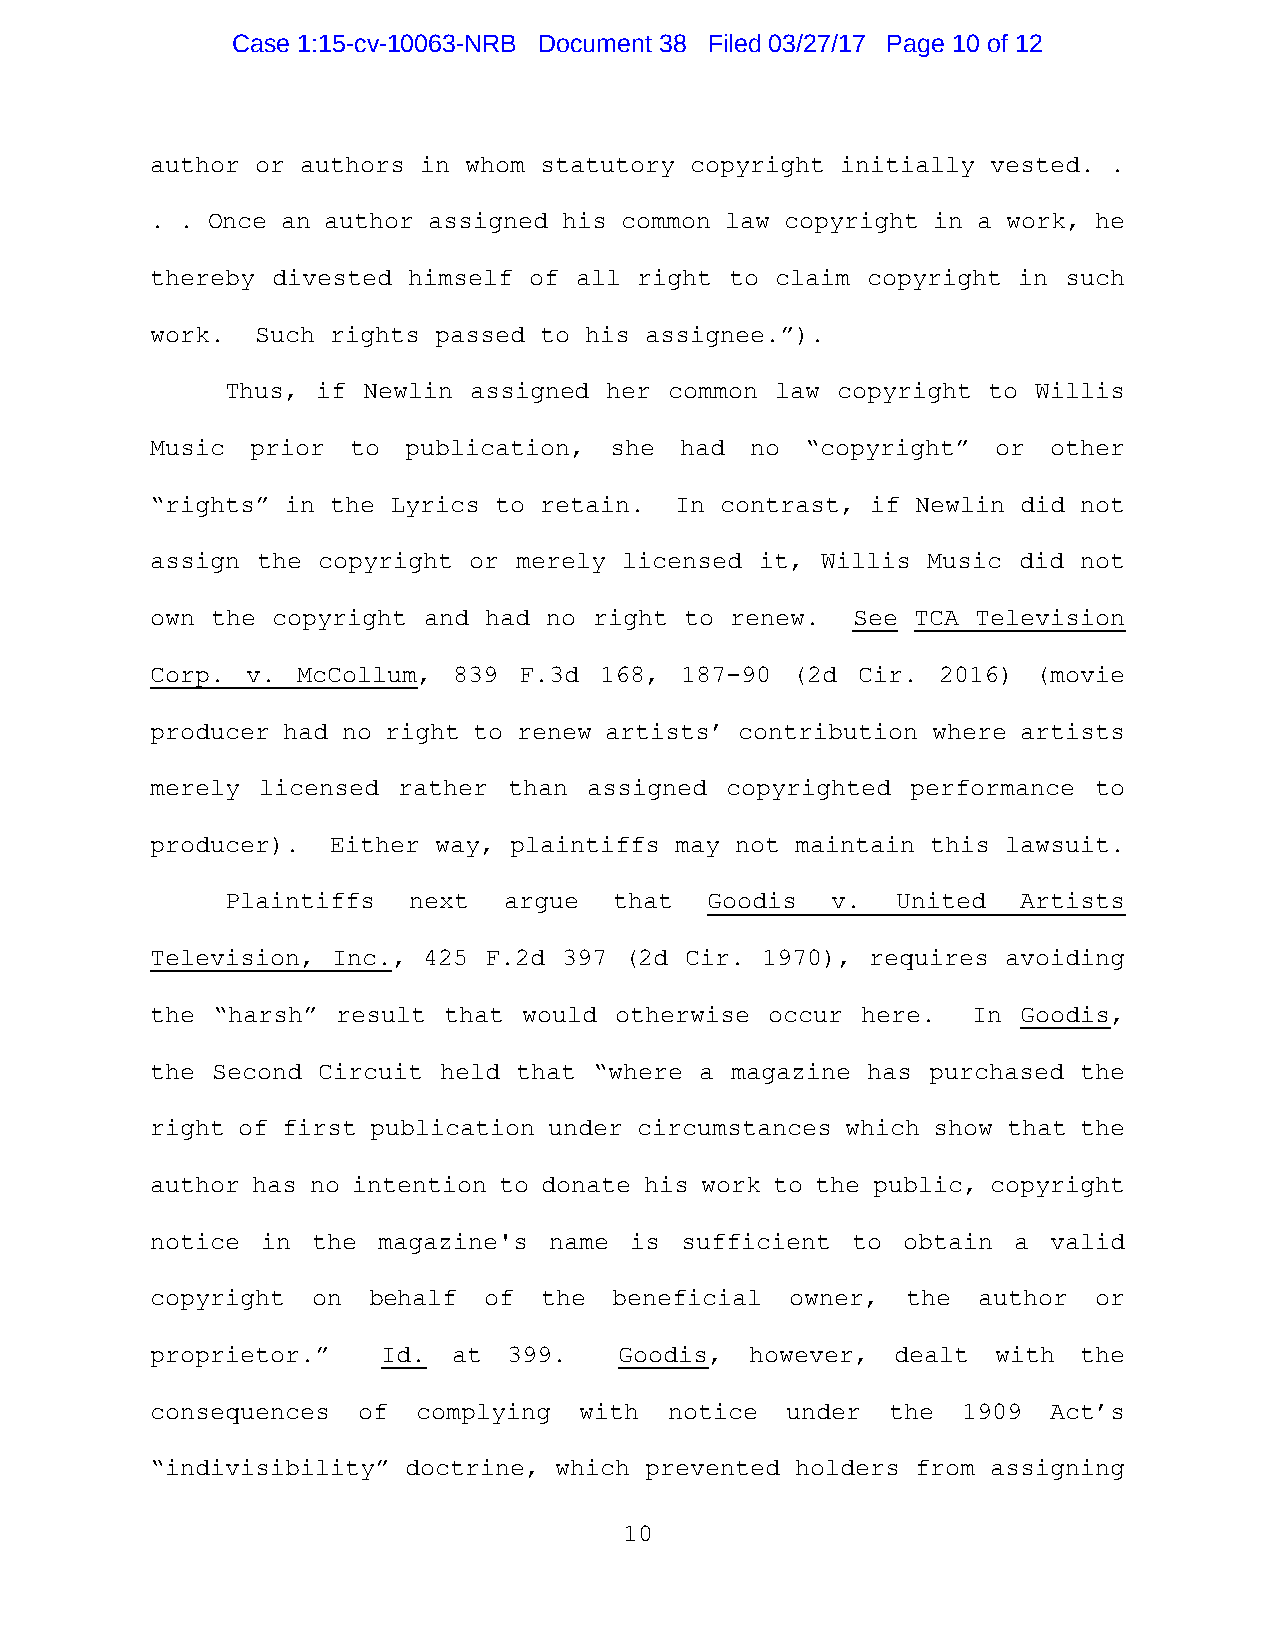
Case 1:15-cv-10063-NRB Document 38 Filed 03/27/17 Page 10 of 12
 author or authors in whom statutory copyright initially vested. .
 . . Once an author assigned his common law copyright in a work, he
 thereby divested himself of all right to claim copyright in such
 work.  Such rights passed to his assignee.”).
 Thus, if Newlin assigned her common law copyright to  Willis
 Music  prior to  publication, she  had  no “copyright”  or  other
 “rights” in the Lyrics to retain.  In contrast, if Newlin did not
 assign the copyright or merely licensed it, Willis Music did  not
 own the copyright and had no right to renew.  See  TCA Television
 Corp. v.  McCollum, 839 F.3d  168, 187-90 (2d  Cir. 2016)  (movie
 producer had no right to renew artists’ contribution where artists
 merely licensed rather  than assigned copyrighted performance to
 producer).  Either way, plaintiffs may not maintain this lawsuit.
 Plaintiffs  next  argue   that  Goodis  v.  United   Artists
 Television, Inc., 425 F.2d 397 (2d Cir. 1970),  requires avoiding
 the “harsh” result that  would otherwise occur here.  In  Goodis,
 the Second Circuit held that “where a magazine has purchased  the
 right of first publication under circumstances which show that the
 author has no intention to donate his work to the public, copyright
 notice in  the magazine's name  is sufficient to  obtain a  valid
 copyright  on behalf  of  the  beneficial owner,  the  author  or
 proprietor.”   Id.  at  399.   Goodis,  however, dealt  with  the
 consequences  of  complying with  notice  under  the  1909  Act’s
 “indivisibility” doctrine, which prevented holders from assigning
 10